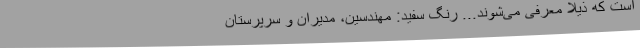
است که ذیلا معرفی می‌شوند... رنگ سفید: مهندسین، مدیران و سرپرستان